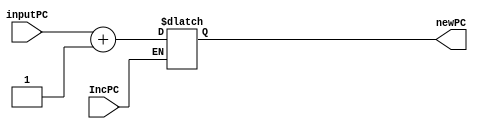
module PCincrement(
    input IncPC,
    input [31:0] inputPC,
    output reg[31:0] newPC
);

initial newPC = 0;

always@(IncPC)begin
   if (IncPC)
     newPC = inputPC + 1;
end
endmodule